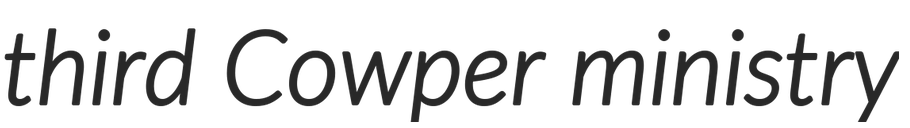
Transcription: third Cowper ministry